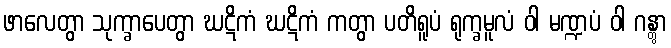
ဖာလေတွာ သုက္ခာပေတွာ ဃဋိကံ ဃဋိကံ ကတွာ ပတိရူပံ ရုက္ခမူလံ ဝါ မဏ္ဍပံ ဝါ ဂန္တွာ